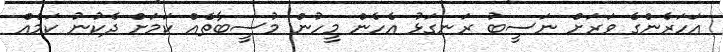
އަހަރެންގެ ވަރަށް ނަސީބު ރަނގަޅު އެހެން މީހުން މުސީބާތެއް ކަމަށް ދެކުނު ކަމެއް